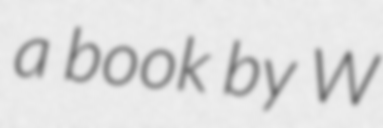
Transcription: a book by W